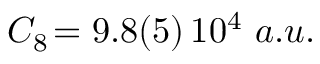
C _ { 8 } \! = 9 . 8 ( 5 ) \, 1 0 ^ { 4 } ~ a . u .